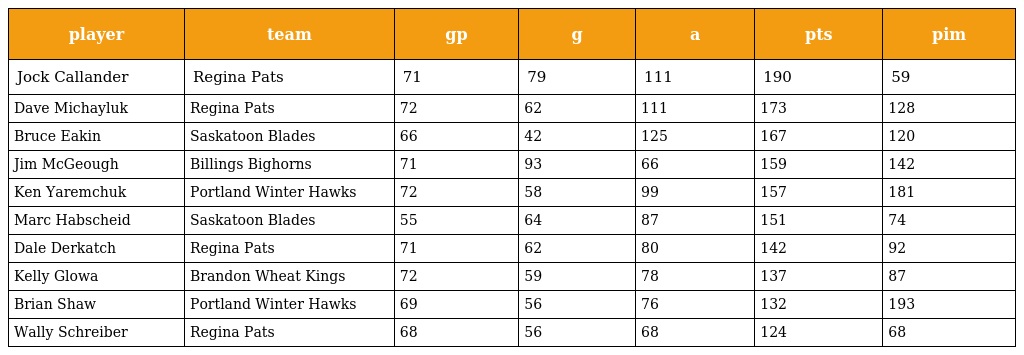
| player | team | gp | g | a | pts | pim |
 | --- | --- | --- | --- | --- | --- | --- |
 | Jock Callander | Regina Pats | 71 | 79 | 111 | 190 | 59 |
 | Dave Michayluk | Regina Pats | 72 | 62 | 111 | 173 | 128 |
 | Bruce Eakin | Saskatoon Blades | 66 | 42 | 125 | 167 | 120 |
 | Jim McGeough | Billings Bighorns | 71 | 93 | 66 | 159 | 142 |
 | Ken Yaremchuk | Portland Winter Hawks | 72 | 58 | 99 | 157 | 181 |
 | Marc Habscheid | Saskatoon Blades | 55 | 64 | 87 | 151 | 74 |
 | Dale Derkatch | Regina Pats | 71 | 62 | 80 | 142 | 92 |
 | Kelly Glowa | Brandon Wheat Kings | 72 | 59 | 78 | 137 | 87 |
 | Brian Shaw | Portland Winter Hawks | 69 | 56 | 76 | 132 | 193 |
 | Wally Schreiber | Regina Pats | 68 | 56 | 68 | 124 | 68 |